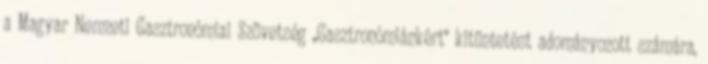
a Magyar Nemzeti Gasztronómiai Szövetség „Gasztronómiánkért“ kitüntetést adományozott számára,